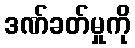
ဒဏ်ခတ်မှုကို